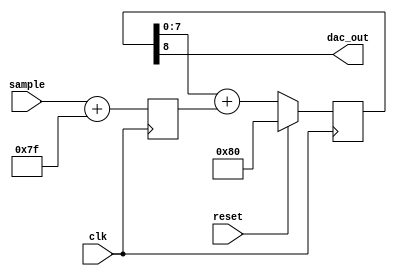
// Copyright goes here ;)
// pdm.v Pulse Density Modulator

module pdm #(
parameter INPUT_WIDTH = 8
)(
input wire clk,
input wire reset,
input wire [INPUT_WIDTH-1:0] sample,
output wire dac_out
);

reg [INPUT_WIDTH:0] accumulator;
reg [INPUT_WIDTH-1:0] u_sample = 0;

assign dac_out = accumulator[8]; // DAC outputs the result of the overflow

always @(posedge clk) begin
	u_sample <= sample + 8'h7F; // Converts signed domain data to unsigned domain
	accumulator <= {1'b0, accumulator[INPUT_WIDTH-1:0]} + u_sample[INPUT_WIDTH-1:0]; // Accumulates to overflow
	if (reset) begin
		accumulator <= {1'b1,{INPUT_WIDTH-1{1'b0}}};
	end
end

endmodule